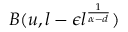
B ( u , l - \epsilon l ^ { \frac { 1 } { \alpha - d } } )